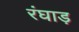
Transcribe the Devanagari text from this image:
रंघाड़